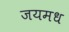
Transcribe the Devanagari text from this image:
जयमध